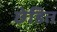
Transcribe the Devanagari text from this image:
छेडित